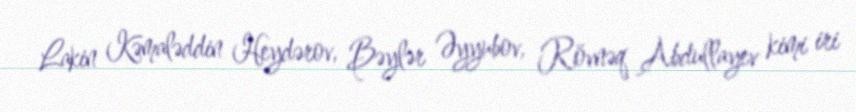
Lakin Kəmaləddin Heydərov, Bəylər Əyyubov, Rövnəq Abdullayev kimi iri